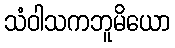
သံဝါသကဘူမိယော